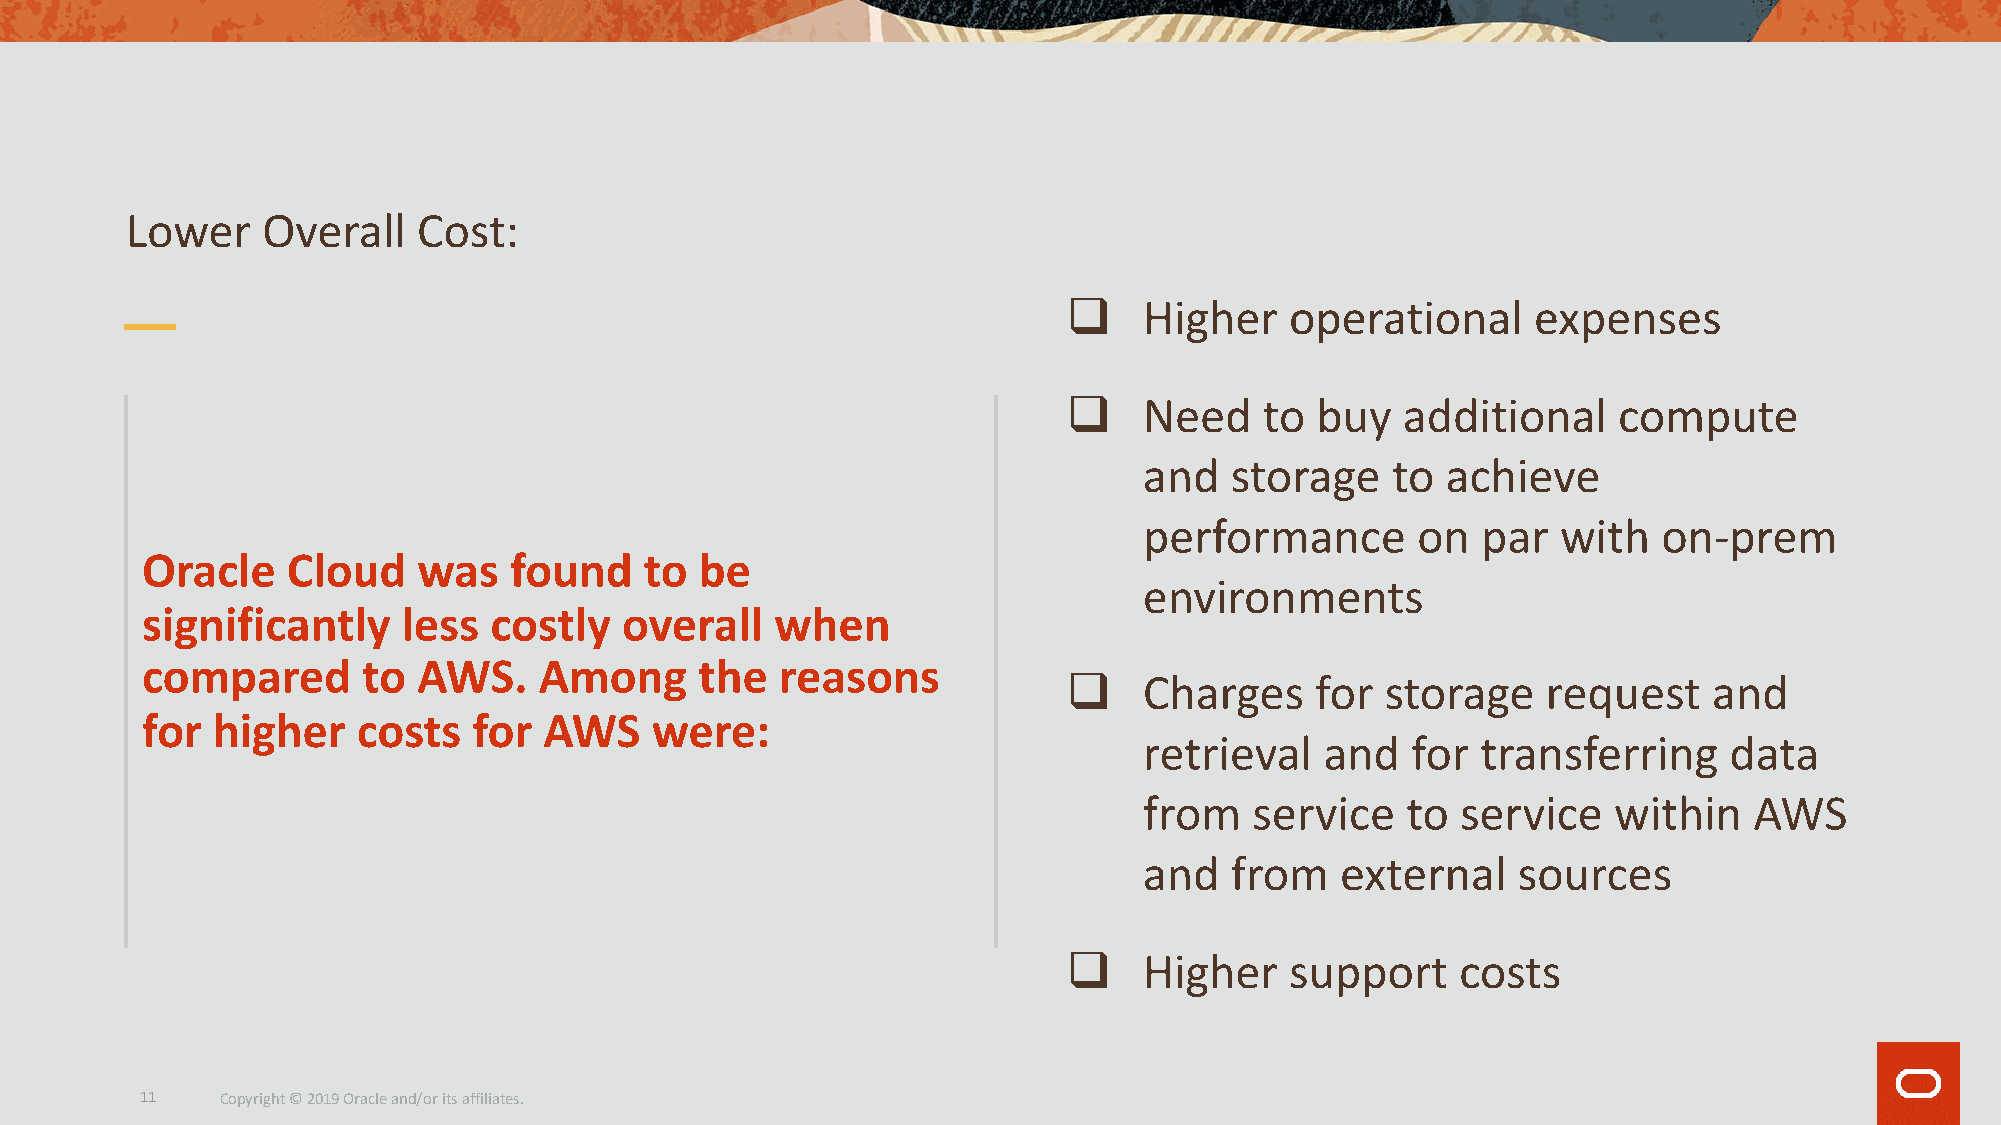
Lower    Overall    Cost:
 q    Higher   operational      expenses
 q    Need    to buy   additional    compute
 and  storage    to  achieve
 performance       on  par  with   on-prem
 Oracle    Cloud    was   found    to be
 environments
 significantly     less costly   overall   when
 compared       to  AWS.    Among     the   reasons
 q    Charges    for  storage   request    and
 for  higher    costs  for  AWS    were:
 retrieval   and  for  transferring    data
 from   service   to  service   within   AWS
 and  from    external   sources
 q    Higher   support     costs
 11    Copyright © 2019 Oracle and/or its affiliates.